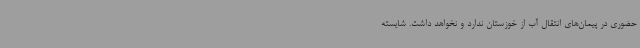
حضوری در پیمان‌های انتقال آب از خوزستان ندارد و نخواهد داشت. شایسته